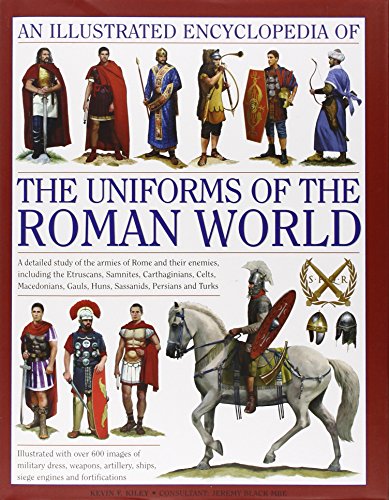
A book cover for An Illustrated Encyclopedia of the Uniforms of the Roman World: A detailed study of the armies of Rome and their enemies, including the Etruscans, ... Gauls, Huns, Sassaids, Persians and Turks; Kevin F. Kiley; History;